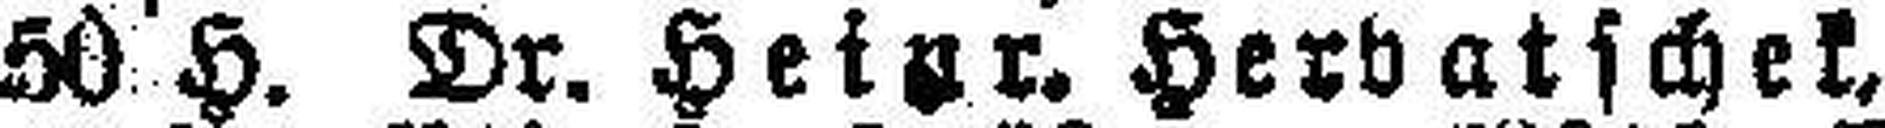
50 H. Dr. Heinr. Herbatschek,